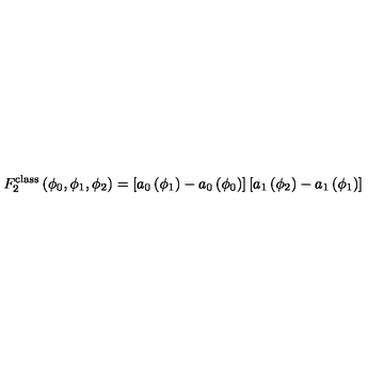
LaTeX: F _ { 2 } ^ { \mathrm { c l a s s } } \left( \phi _ { 0 } , \phi _ { 1 } , \phi _ { 2 } \right) = \left[ a _ { 0 } \left( \phi _ { 1 } \right) - a _ { 0 } \left( \phi _ { 0 } \right) \right] \left[ a _ { 1 } \left( \phi _ { 2 } \right) - a _ { 1 } \left( \phi _ { 1 } \right) \right]